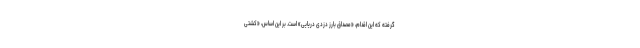
گرفته که این اقدام، «مصداق بارز دزدی دریایی» است. بر این اساس، «کشتی